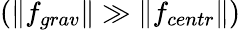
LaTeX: (\| f_{grav}\| \gg\| f_{centr}\| )